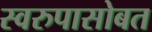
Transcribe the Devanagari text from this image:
स्वरुपासोबत